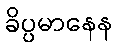
ခိပ္ပမာနေန